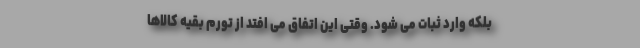
بلکه وارد ثبات می شود. وقتی این اتفاق می افتد از تورم بقیه کالاها